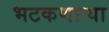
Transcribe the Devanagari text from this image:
भटकणार्‍या